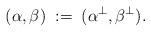
\begin{align*}(\alpha,\beta)\;:=\; (\alpha^\bot, \beta^\bot).\end{align*}